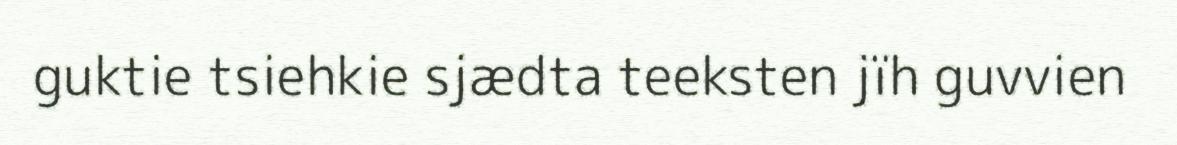
guktie tsiehkie sjædta teeksten jïh guvvien